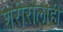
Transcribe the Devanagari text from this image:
शरीरालाही